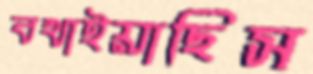
বখাইয়াছিস